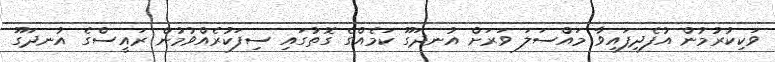
ވަކިކުރުމުން އުފެދިފައިވާ މައްސަލަ ވަރަށް އުނދަގޫ ކަމެއްގެ ގޮތުގައި ސިފަކުރެއްވުމުން ރައީސްގެ އުނދަގޫ